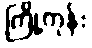
ကြို့ကုန်း